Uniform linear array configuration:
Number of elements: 24
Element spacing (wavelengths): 0.5
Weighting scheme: cosine
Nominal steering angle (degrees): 0
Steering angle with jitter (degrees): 1.755
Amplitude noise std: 0.05
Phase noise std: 0.05

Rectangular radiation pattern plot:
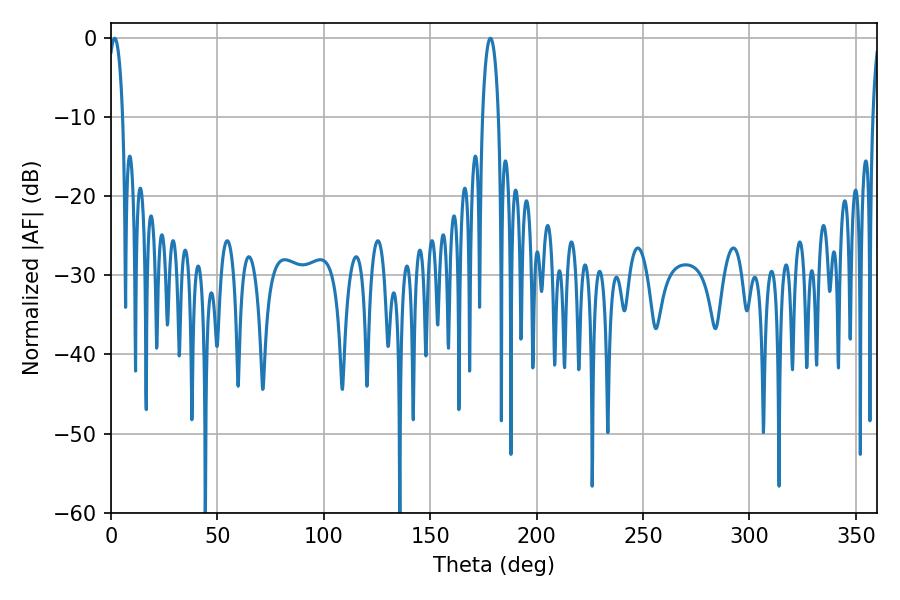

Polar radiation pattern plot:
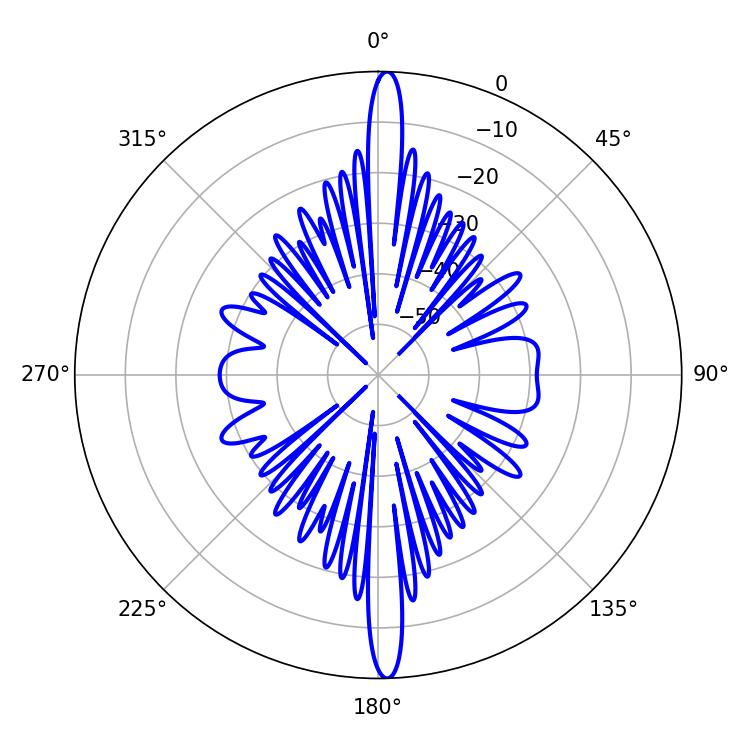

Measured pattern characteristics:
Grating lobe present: FALSE
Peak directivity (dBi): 25.959
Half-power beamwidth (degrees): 4.14
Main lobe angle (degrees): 178.2